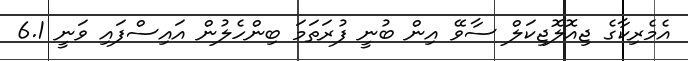
އެމެރިކާގެ ޖިއޮލޮޖިކަލް ސާވޭ އިން ބުނީ ފުރަތަމަ ބިންހެލުން އައިސްފައި ވަނީ 6.1